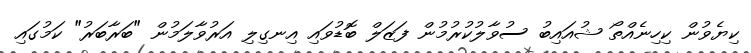
ކިޔެވުން ކިހިނެއްތޯ ޝުއައިބު ސުވާލުކުރުމުން ފަޒަލް ބޮޑުވައި އިނގިލި އަރުވާލަމުން "ބަރާބަރު" ކަމުގައި